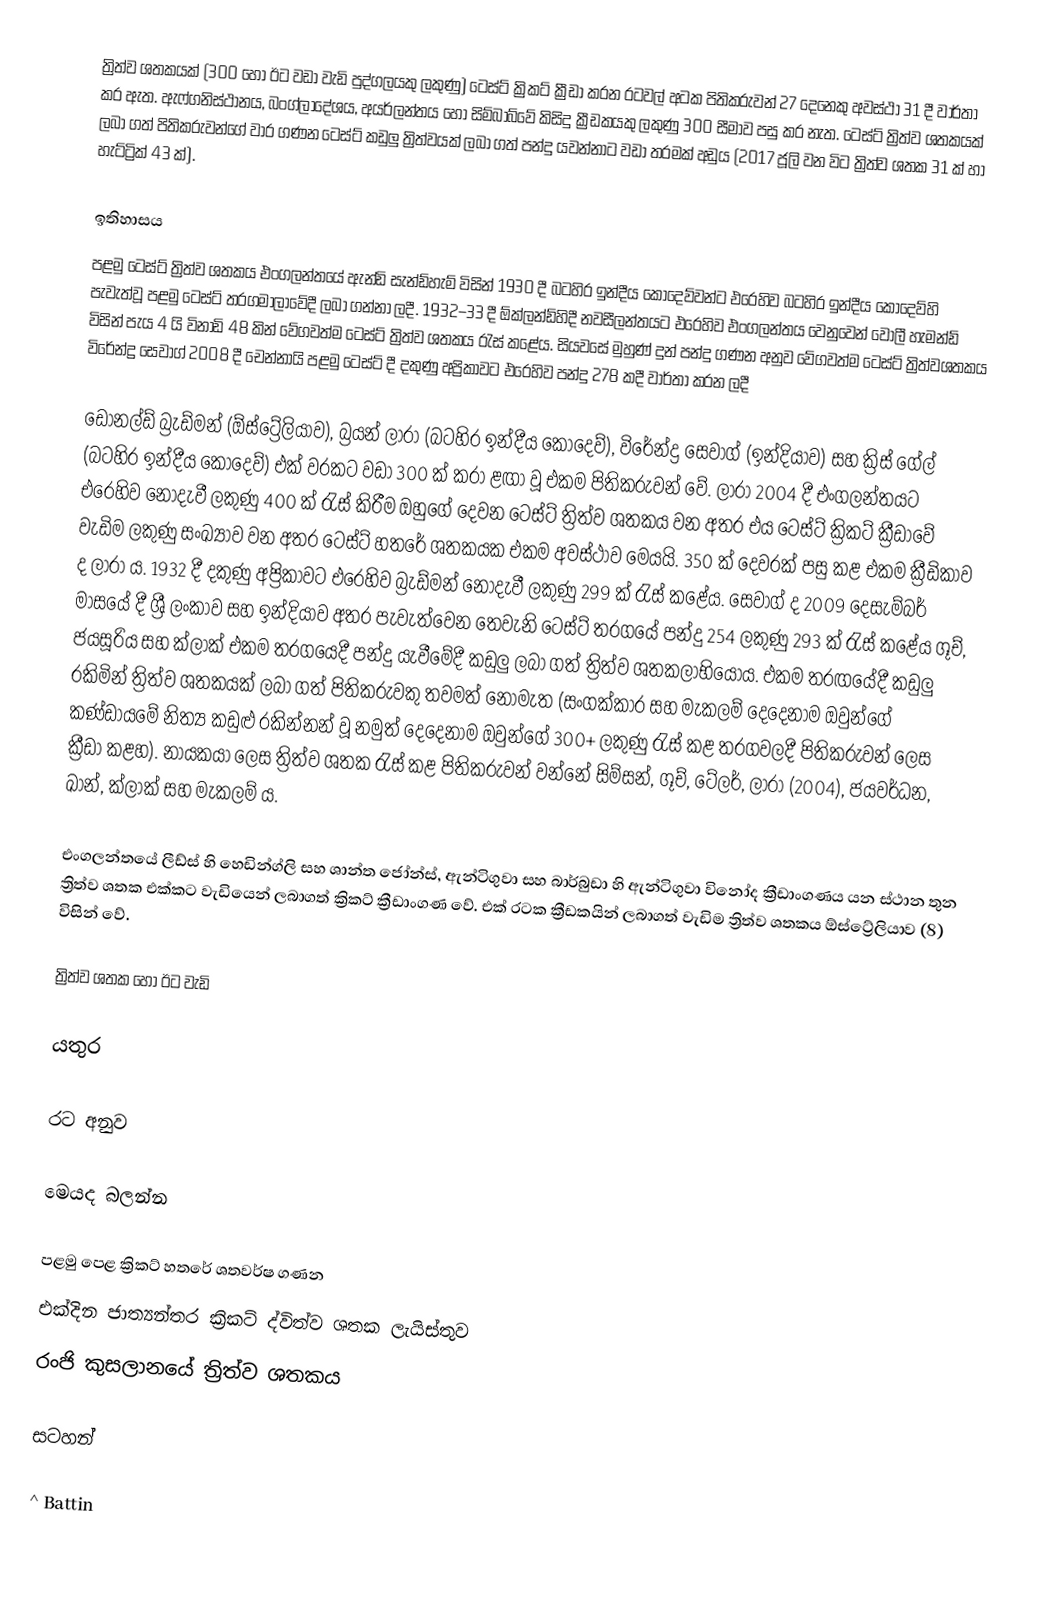
ත්‍රිත්ව ශතකයක් (300 හෝ ඊට වඩා වැඩි පුද්ගලයකු ලකුණු) ටෙස්ට් ක්‍රිකට් ක්‍රීඩා කරන රටවල් අටක පිතිකරුවන් 27 දෙනෙකු අවස්ථා  31 දී වාර්තා කර ඇත.  ඇෆ්ගනිස්ථානය, බංග්ලාදේශය, අයර්ලන්තය හෝ සිම්බාබ්වේ කිසිදු ක්‍රීඩකයකු ලකුණු 300 සීමාව පසු කර නැත. ටෙස්ට් ත්‍රිත්ව ශතකයක් ලබා ගත් පිතිකරුවන්ගේ වාර ගණන ටෙස්ට් කඩුලු ත්‍රිත්වයක් ලබා ගත් පන්දු යවන්නාට වඩා තරමක් අඩුය (2017 ජූලි වන විට ත්‍රිත්ව ශතක 31 ක් හා  හැට්ට්‍රික් 43 ක්).

ඉතිහාසය
පළමු ටෙස්ට් ත්‍රිත්ව ශතකය එංගලන්තයේ ඇන්ඩි සැන්ඩ්හැම් විසින් 1930 දී බටහිර ඉන්දීය කොදෙව්වන්ට එරෙහිව බටහිර ඉන්දීය කොදෙව්හි පැවැත්වූ පළමු ටෙස්ට් තරගමාලාවේදී ලබා ගන්නා ලදී.  1932–33 දී ඕක්ලන්ඩ්හිදී නවසීලන්තයට එරෙහිව එංගලන්තය වෙනුවෙන් වොලී හැමන්ඩ් විසින් පැය 4 යි විනාඩි 48 කින් වේගවත්ම ටෙස්ට් ත්‍රිත්ව ශතකය රැස් කළේය.  සියවසේ මුහුණ් දුන් පන්දු ගණන අනුව වේගවත්ම ටෙස්ට් ත්‍රිත්වශතකය විරේන්ද්‍ර සෙවාග් 2008 දී චෙන්නායි පළමු ටෙස්ට් දී දකුණු අප්‍රිකාවට එරෙහිව පන්දු  278 කදී වාර්තා කරන ලදී

ඩොනල්ඩ් බ්‍රැඩ්මන් (ඕස්ට්‍රේලියාව), බ්‍රයන් ලාරා (බටහිර ඉන්දීය කොදෙව්), විරේන්ද්‍ර සෙවාග් (ඉන්දියාව) සහ ක්‍රිස් ගේල් (බටහිර ඉන්දීය කොදෙව්) එක් වරකට වඩා 300 ක් කරා ළඟා වූ එකම පිතිකරුවන් වේ.  ලාරා 2004 දී එංගලන්තයට එරෙහිව නොදැවී ලකුණු 400 ක් රැස් කිරීම ඔහුගේ දෙවන ටෙස්ට් ත්‍රිත්ව ශතකය වන අතර එය ටෙස්ට් ක්‍රිකට් ක්‍රීඩාවේ වැඩිම ලකුණු සංඛ්‍යාව වන අතර ටෙස්ට් හතරේ ශතකයක එකම අවස්ථාව මෙයයි. 350 ක් දෙවරක් පසු කළ එකම ක්‍රීඩිකාව ද ලාරා ය. 1932 දී දකුණු අප්‍රිකාවට එරෙහිව බ්‍රැඩ්මන් නොදැවී ලකුණු 299 ක් රැස් කළේය. සෙවාග් ද 2009 දෙසැම්බර් මාසයේ දී ශ්‍රී ලංකාව සහ ඉන්දියාව අතර පැවැත්වෙන තෙවැනි ටෙස්ට් තරගයේ පන්දු 254 ලකුණු 293 ක් රැස් කළේය  ගූච්, ජයසූරිය සහ ක්ලාක් එකම තරගයෙදී පන්දු යැවීමේදී කඩුලු ලබා ගත් ත්‍රිත්ව ශතකලාභියෝය. එකම තරඟයේදී කඩුලු රකිමින් ත්‍රිත්ව ශතකයක් ලබා ගත් පිතිකරුවකු තවමත් නොමැත (සංගක්කාර සහ මැකලම් දෙදෙනාම ඔවුන්ගේ කණ්ඩායමේ නිත්‍ය කඩුළු රකින්නන් වූ නමුත් දෙදෙනාම ඔවුන්ගේ 300+ ලකුණු රැස් කළ තරගවලදී පිතිකරුවන් ලෙස ක්‍රීඩා කළහ). නායකයා ලෙස ත්‍රිත්ව ශතක රැස් කළ  පිතිකරුවන් වන්නේ සිම්සන්, ගූච්, ටේලර්, ලාරා (2004), ජයවර්ධන, ඛාන්, ක්ලාක් සහ මැකලම් ය.

එංගලන්තයේ ලීඩ්ස් හි හෙඩින්ග්ලි සහ ශාන්ත ජෝන්ස්, ඇන්ටිගුවා සහ බාර්බුඩා හි ඇන්ටිගුවා විනෝද ක්‍රීඩාංගණය යන ස්ථාන තුන ත්‍රිත්ව ශතක එක්කට වැඩියෙන් ලබාගත් ක්‍රිකට් ක්‍රීඩාංගණ වේ. එක් රටක ක්‍රීඩකයින් ලබාගත් වැඩිම ත්‍රිත්ව ශතකය ඕස්ට්‍රේලියාව (8) විසින් වේ.

ත්‍රිත්ව ශතක හෝ ඊට වැඩි

යතුර

රට අනුව

මෙයද බලන්න

 පළමු පෙළ ක්‍රිකට් හතරේ ශතවර්ෂ ගණන
 එක්දින ජාත්‍යන්තර ක්‍රිකට් ද්විත්ව ශතක ලැයිස්තුව
 රංජි කුසලානයේ ත්‍රිත්ව ශතකය

සටහන්

 ^   Battin